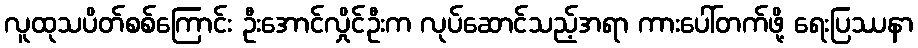
လူထုသပိတ်စစ်ကြောင်း ဦးအောင်လှိုင်ဦးက လုပ်ဆောင်သည့်အရာ ကားပေါ်တက်ဖို့ ရေးပြဿနာ